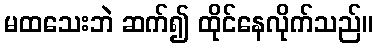
မထသေးဘဲ ဆက်၍ ထိုင်နေလိုက်သည်။